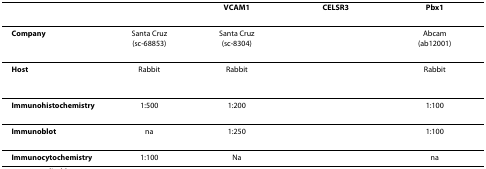
<table><thead><tr><td>[EMPTY_CELL]</td><td>[EMPTY_CELL]</td><td><b>VCAM1</b></td><td><b>CELSR3</b></td><td><b>Pbx1</b></td></tr></thead><tbody><tr><td><b>Company</b></td><td>Santa Cruz(sc-68853)</td><td>Santa Cruz(sc-8304)</td><td>[EMPTY_CELL]</td><td>Abcam(ab12001)</td></tr><tr><td><b>Host</b></td><td>Rabbit</td><td>Rabbit</td><td>[EMPTY_CELL]</td><td>Rabbit</td></tr><tr><td><b>Immunohistochemistry</b></td><td>1:500</td><td>1:200</td><td>[EMPTY_CELL]</td><td>1:100</td></tr><tr><td><b>Immunoblot</b></td><td>na</td><td>1:250</td><td>[EMPTY_CELL]</td><td>1:100</td></tr><tr><td><b>Immunocytochemistry</b></td><td>1:100</td><td>Na</td><td>[EMPTY_CELL]</td><td>na</td></tr></tbody></table>